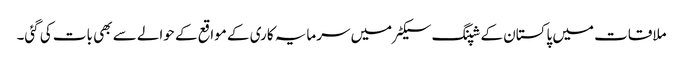
ملاقات میں پاکستان کے شپنگ سیکٹر میں سرمایہ کاری کے مواقع کے حوالے سے بھی بات کی گئی۔